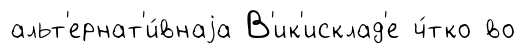
альт'ернат'и́внаjа В'ик'исклад'е ч́тко во